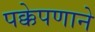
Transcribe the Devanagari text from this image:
पक्केपणाने